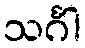
သင်္ဂါ